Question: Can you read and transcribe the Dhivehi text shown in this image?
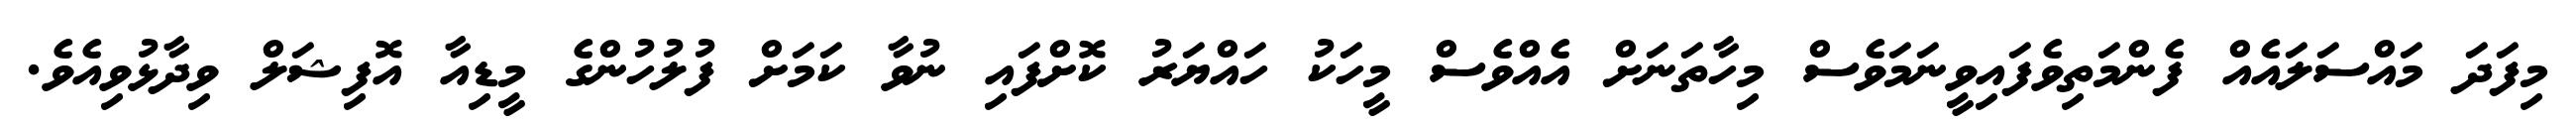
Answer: މިފަދަ މައްސަލައެއް ފެންމަތިވެފައިވީނަމަވެސް މިހާތަނަށް އެއްވެސް މީހަކު ހައްޔަރު ކޮށްފައި ނުވާ ކަމަށް ފުލުހުންގެ މީޑިއާ އޮފިޝަލް ވިދާޅުވިއެވެ.